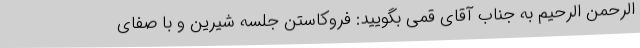
الرحمن الرحیم به جناب آقای قمی بگویید: فروکاستن جلسه شیرین و با صفای